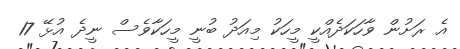
އެ ރަށުން ވާހަކަދެއްކީ މީހަކު މިއަދު ބުނީ މީހަކާވެސް ނީދެ އުޅޭ 17